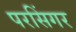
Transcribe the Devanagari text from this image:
परसिंगर